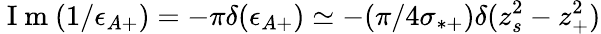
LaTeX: \mathrm{~I~m~}(1/\epsilon_{A+})=-\pi\delta(\epsilon_{A+})\simeq-(\pi/4\sigma_{*+})\delta(z_{s}^{2}-z_{+}^{2})